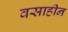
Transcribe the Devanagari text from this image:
वसाहीन